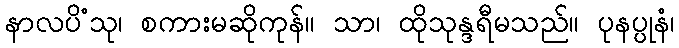
နာလပိံသု၊ စကားမဆိုကုန်။ သာ၊ ထိုသုန္ဒရီမသည်။ ပုနပ္ပုနံ၊